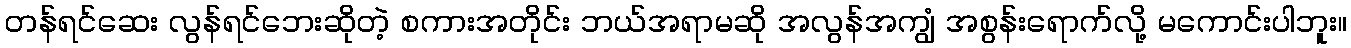
တန်ရင်ဆေး လွန်ရင်ဘေးဆိုတဲ့ စကားအတိုင်း ဘယ်အရာမဆို အလွန်အကျွံ အစွန်းရောက်လို့ မကောင်းပါဘူး။